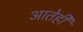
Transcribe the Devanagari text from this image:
आतेही